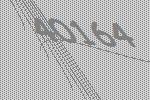
40164